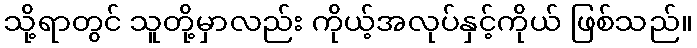
သို့ရာတွင် သူတို့မှာလည်း ကိုယ့်အလုပ်နှင့်ကိုယ် ဖြစ်သည်။